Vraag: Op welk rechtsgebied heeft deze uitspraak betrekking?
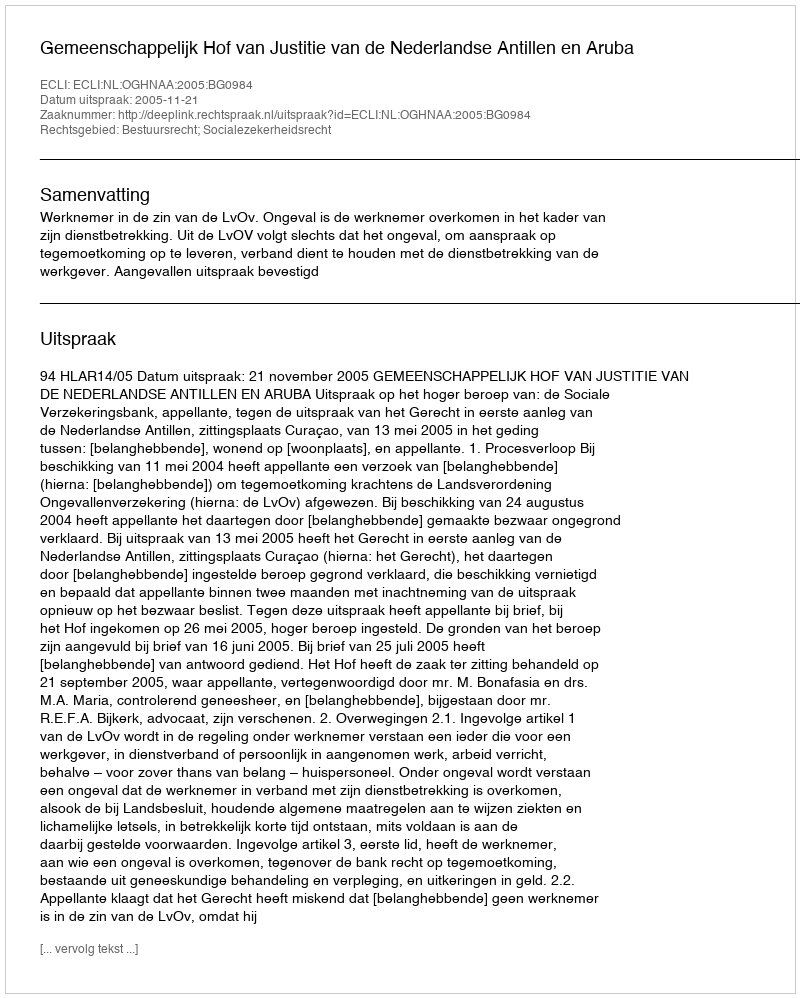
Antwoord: Bestuursrecht; Socialezekerheidsrecht